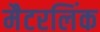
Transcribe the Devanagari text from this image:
मैटरलिंक